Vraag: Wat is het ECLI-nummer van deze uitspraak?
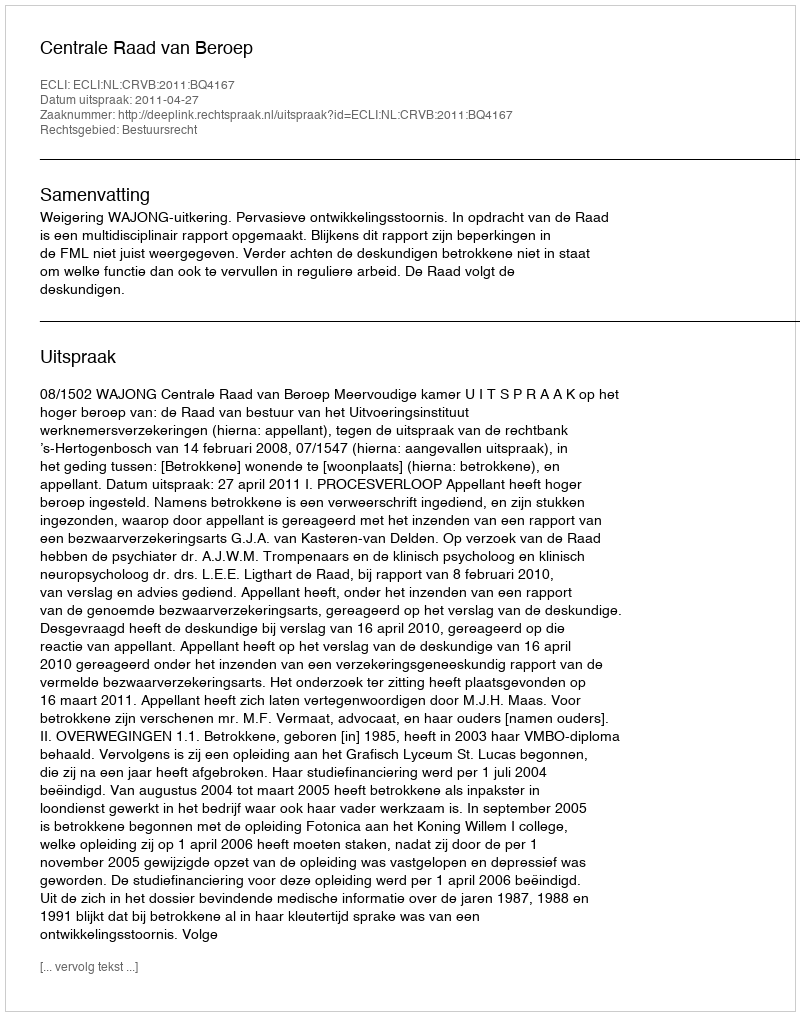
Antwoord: ECLI:NL:CRVB:2011:BQ4167